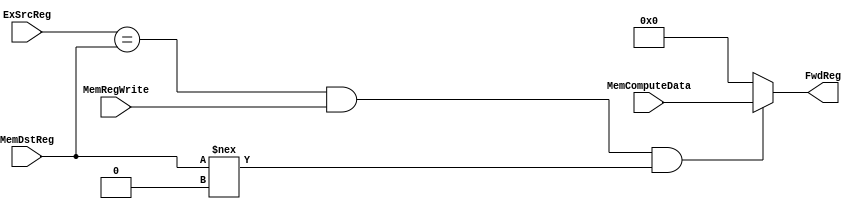
module EX_EX_fwd_unit(ExSrcReg, MemDstReg, MemRegWrite, MemComputeData, FwdReg);
    input [3:0] ExSrcReg, MemDstReg;
    input MemRegWrite;
    input [15:0] MemComputeData;
    output [15:0] FwdReg;

    assign FwdReg = (ExSrcReg == MemDstReg & MemRegWrite == 1 & MemDstReg !== 4'b0000) ? MemComputeData : 16'b0;
endmodule